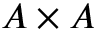
A \times A